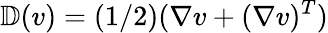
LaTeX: \mathbb{D}(v)=(1/2)(\nabla v+(\nabla v)^{T})